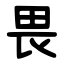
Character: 畏